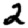
Digit: 2